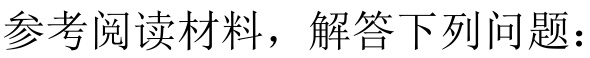
参考阅读材料，解答下列问题：